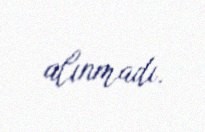
alınmadı.